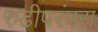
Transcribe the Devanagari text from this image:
रुढीपरंपरा